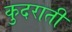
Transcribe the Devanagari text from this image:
कुदराती